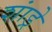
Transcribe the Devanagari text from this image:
शांड्रे